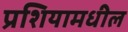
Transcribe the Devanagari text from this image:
प्रशियामधील